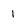
Character: 1